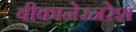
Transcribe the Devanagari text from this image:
बीकानेरनरेश